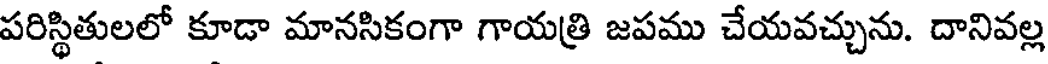
పరిస్థితులలో కూడా మానసికంగా గాయత్రి జపము చేయవచ్చును. దానివల్ల